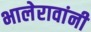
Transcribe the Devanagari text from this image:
भालेरावांनी